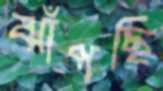
ঝাঁপছি